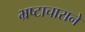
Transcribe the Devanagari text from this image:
भ्रष्टाचाराने